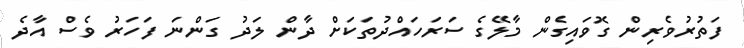
ފަތުރުވެރިން ގޮވައިގެން މާލޭގެ ސަރަހައްދުތަކަށް ދާން ލަދު ގަންނަ ފަހަރު ވެސް އާދެ